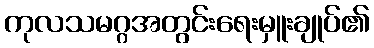
ကုလသမဂ္ဂအတွင်းရေးမှူးချုပ်၏